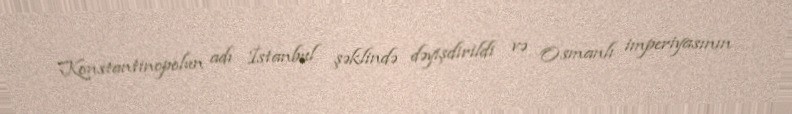
Konstantinopolun adı İstanbul şəklində dəyişdirildi və Osmanlı imperiyasının